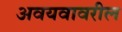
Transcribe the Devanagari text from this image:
अवयवावरील